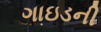
ગાઇડની